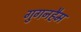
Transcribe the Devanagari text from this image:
गुगनहैम